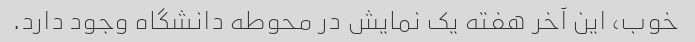
خوب، این آخر هفته یک نمایش در محوطه دانشگاه وجود دارد.